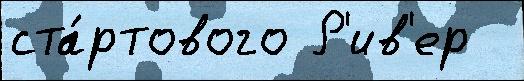
ста́ртового Р'ив'ер